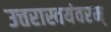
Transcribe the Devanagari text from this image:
उत्तरास्वयंवरम्